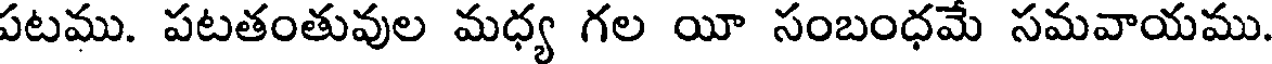
పటము. పటతంతువుల మధ్య గల యీ సంబంధమే సమవాయము.